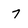
Character: 7